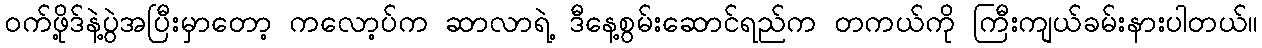
ဝက်ဖို့ဒ်နဲ့ပွဲအပြီးမှာတော့ ကလော့ပ်က ဆာလာရဲ့ ဒီနေ့စွမ်းဆောင်ရည်က တကယ်ကို ကြီးကျယ်ခမ်းနားပါတယ်။